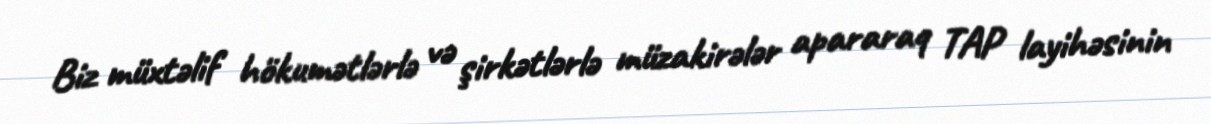
Biz müxtəlif hökumətlərlə və şirkətlərlə müzakirələr apararaq TAP layihəsinin